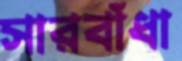
সারবাঁধা